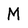
Character: M